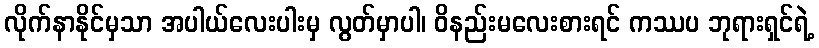
လိုက်နာနိုင်မှသာ အပါယ်လေးပါးမှ လွတ်မှာပါ၊ ဝိနည်းမလေးစားရင် ကဿပ ဘုရားရှင်ရဲ့